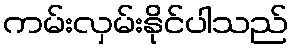
ကမ်းလှမ်းနိုင်ပါသည်